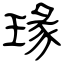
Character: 瑑